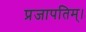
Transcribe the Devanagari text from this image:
प्रजापतिम्।